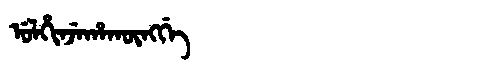
Manchu: ᡠᠯᡥᡳᠨᠵᡝᡥᠠᡴᡡᠩᡤᡝ
Romanization: ULHINJEHAKŪNGGE